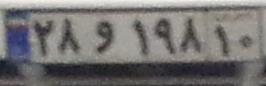
۲۸و۱۹۸۱۰